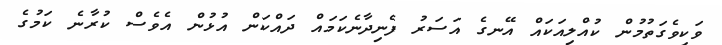
ވަކިވެގަތުމުން ކުއްލިއަކައް އޭނގެ އަސަރު ފެނިދާނެކަމައް ދައްކަން އުޅުން އެވެސް ކުރާނެ ކަމުގެ